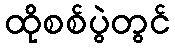
ထိုစစ်ပွဲတွင်